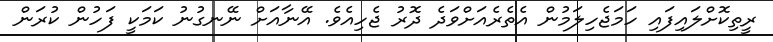
ރީތިކޮށްލައިފައި ހަމަޖެހިލަމުން އެތެރެއަށްވަދެ ދޮރު ޖެހިއެވެ. އޭނާއަށް ނޭނގުނު ކަމަކީ ފަހުން ކުރަން